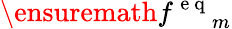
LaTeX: \ensuremath{f^{\mathrm{~e~q~}}}_{m}